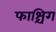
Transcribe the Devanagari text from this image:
फाश्चिंग